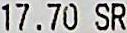
17.70 SR